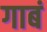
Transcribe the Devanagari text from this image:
गाबं